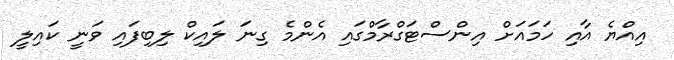
އިއްޔެ އާއި ހަމައަށް އިންސްޓަގްރާމްގައި އެންމެ ގިނަ ލައިކް ލިބިފައި ވަނީ ކައިލީ